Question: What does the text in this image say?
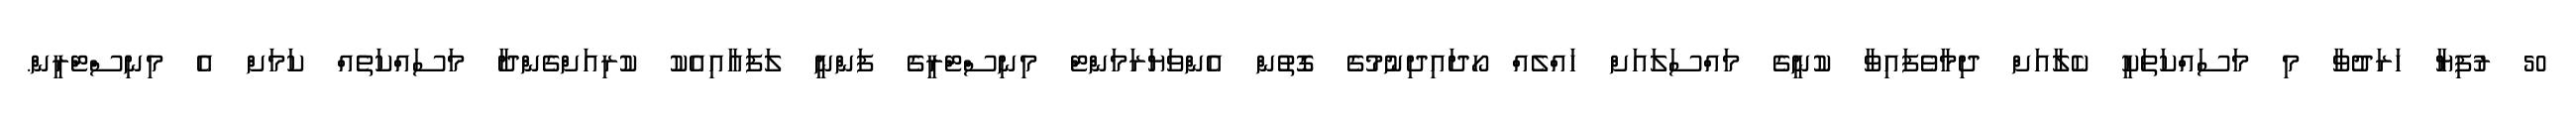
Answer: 50 ރުފިޔާ ހަރަދުވާ މި މަސައްކަތަކީ ކެލާއަށް ދިމާވެފައިވާ ކުނީގެ މައްސަލައަށް ހައްލެއް ހޯދައިދިނުމުގެ ގޮތުން އެންވަޔަރަމަންޓް މިނިސްޓްރީގެ ފަންނީ ލަފައާއިއެކު ކުރިއަށްގެންދާ މަސައްކަތެއް ކަމަށް އެ މިނިސްޓްރީން.